Annual vaccination report of Bihar and Orissa - 1911-1928
Year: 1911
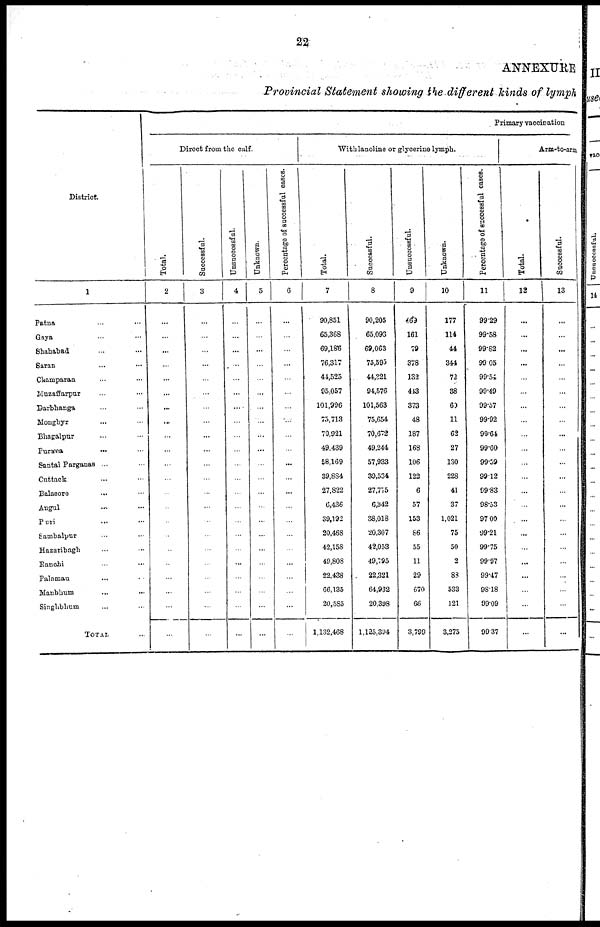
22
ANNEXURE
Provincial Statement showing the different kinds of lymph
District.
1
Patna ... ...
Gaya ... ...
Shahabad ... ...
Saran ... ...
Champaran ... ...
Muzaffarpur ... ...
Darbhanga ... ...
Monghyr ... ...
Bhagalpur ... ...
Purnea
...
...
Santal Parganas ...
Cuttack ... ...
Balasore ... ...
Angul
...
...
Puri ... ...
Sambalpur ...
Hazaribagh
Ranchi ... ...
Palamau ... ...
Manbhum ... ...
Singhbhum ...
TOTAL ...
Primary vaccination
Direct from the calf.
Total.
2
...
...
...
...
...
...
...
...
...
...
...
...
...
...
...
...
...
...
...
...
...
...
Successful.
3
...
...
...
...
...
...
...
...
...
...
...
...
...
...
...
...
...
...
...
...
...
...
Unsuccessful.
4
...
...
...
...
...
...
...
...
...
...
...
...
...
...
...
...
...
...
...
...
...
...
Unknown.
5
...
...
...
...
...
...
...
...
...
...
...
...
...
...
...
...
...
...
...
...
...
...
Percentage of successful cases.
6
...
...
...
...
...
...
...
...
...
...
...
...
...
...
...
...
...
...
...
...
...
...
With lanoline or glycerine lymph.
Total.
7
90,851
65,368
69,186
76,317
41,525
95,057
101,996
75,713
70,921
49,439
58,169
39,884
27,822
6,436
39,192
20,468
42,158
49,808
22,438
66,135
20,585
1,132,468
Successful.
8
90,205
65,093
69,063
75,595
44,321
94,576
101,563
75,654
70,672
49,244
57,933
39,534
27,775
6,342
38,018
20,307
42,053
49,795
22,321
64,932
20,398
1,125,394
Unsuccessful.
9
469
161
79
378
132
443
373
48
187
168
106
122
6
57
153
86
55
11
29
670
66
3,799
Unknown.
10
177
114
44
344
72
38
60
11
62
27
130
228
41
37
1,021
75
50
2
88
533
121
3,275
Percentage of successful cases.
11
99.29
99.58
99.82
99.05
99.54
99.49
99.57
99.92
99.64
99.60
99.59
99.12
99.83
98.53
97.00
99.21
99.75
99.97
99.47
98.18
99.09
99.37
Arm-to-arm
Total.
12
...
...
...
...
...
...
...
...
...
...
...
...
...
...
...
...
...
...
...
...
...
...
Successful.
.
13
...
...
...
...
...
...
...
...
...
...
...
...
...
...
...
...
...
...
...
...
...
...